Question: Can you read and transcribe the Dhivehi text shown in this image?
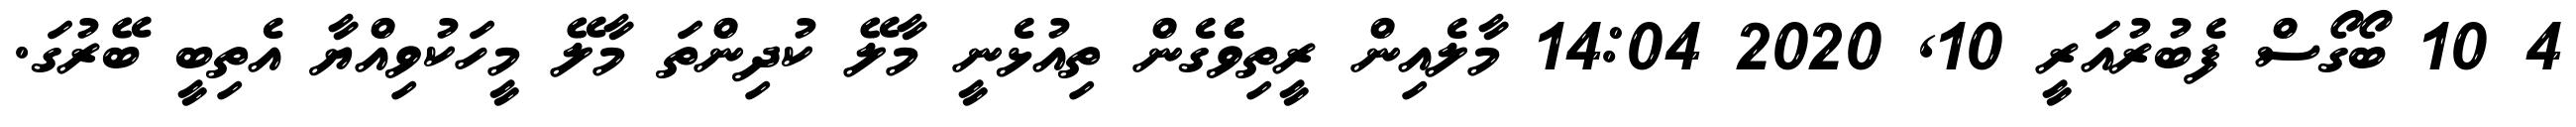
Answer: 4 10 ބޯގޯސް ފެބުރުއަރީ 10, 2020 14:04 މާލެއިން ރީތިވެެގެން ތިއުޅެނީ މާލޭ ކުދިންތަ މާލޭ މީހަކުވިއްޔާ އެތިބީ ބޭރުގަ.